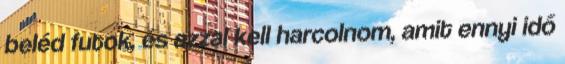
beléd futok, és azzal kell harcolnom, amit ennyi idő